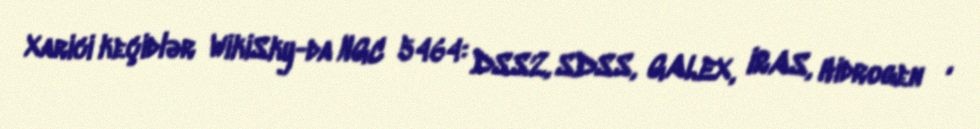
Xarici keçidlər WikiSky-da NGC 5464: DSS2, SDSS, GALEX, IRAS, Hidrogen α,